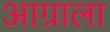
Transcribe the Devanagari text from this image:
आग्राला